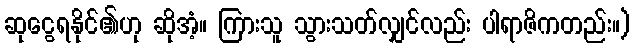
ဆုငွေရနိုင်၏ဟု ဆိုအံ့။ ကြားသူ သွားသတ်လျှင်လည်း ပါရာဇိကတည်း။)